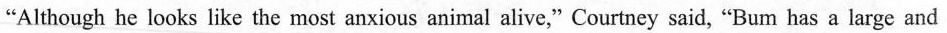
"Although he looks like the most anxious animal alive,"Courtney said,"Bum has a large and